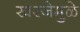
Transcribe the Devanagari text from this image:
खरजेमुळे